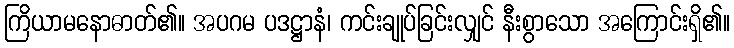
ကြိယာမနောဓာတ်၏။ အပဂမ ပဒဋ္ဌာနံ၊ ကင်းချုပ်ခြင်းလျှင် နီးစွာသော အကြောင်းရှိ၏။